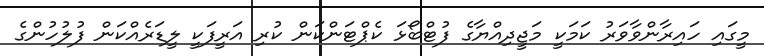
މީގައި ހައިރާންވާވަރު ކަމަކީ މަޖީދިއްޔާގެ ފުޓްބޯޅަ ކެޕްޓަންކަން ކުރި އަރީފަކީ ލީޑަރެއްކަން ފުލުހުންގެ